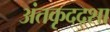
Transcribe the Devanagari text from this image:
अंतकृदद्शा